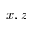
x , z